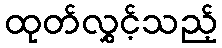
ထုတ်လွှင့်သည့်